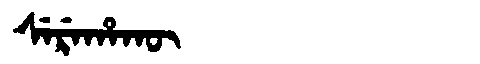
Manchu: ᠰᡝᡵᡝᡥᠠᡴᡡ
Romanization: SEREHAKŪ